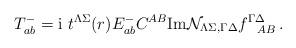
LaTeX: \begin{align*} T_{ab}^- = {\rm i}\ t^{\Lambda\Sigma}(r) E_{ab}^-C^{AB} {\rm Im}{\cal N }_{\Lambda\Sigma,\Gamma\Delta}f^{\Gamma\Delta}_{~~AB} \, .\end{align*}